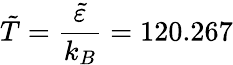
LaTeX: \tilde{T}=\frac{\tilde{\varepsilon}}{k_{B}}=120.267